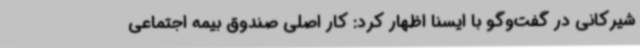
شیرکانی در گفت‌وگو با ایسنا اظهار کرد: کار اصلی صندوق بیمه اجتماعی